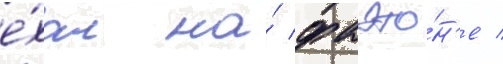
е́хал на́ фаэто́н'е /